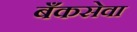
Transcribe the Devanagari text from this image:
बँकसेवा